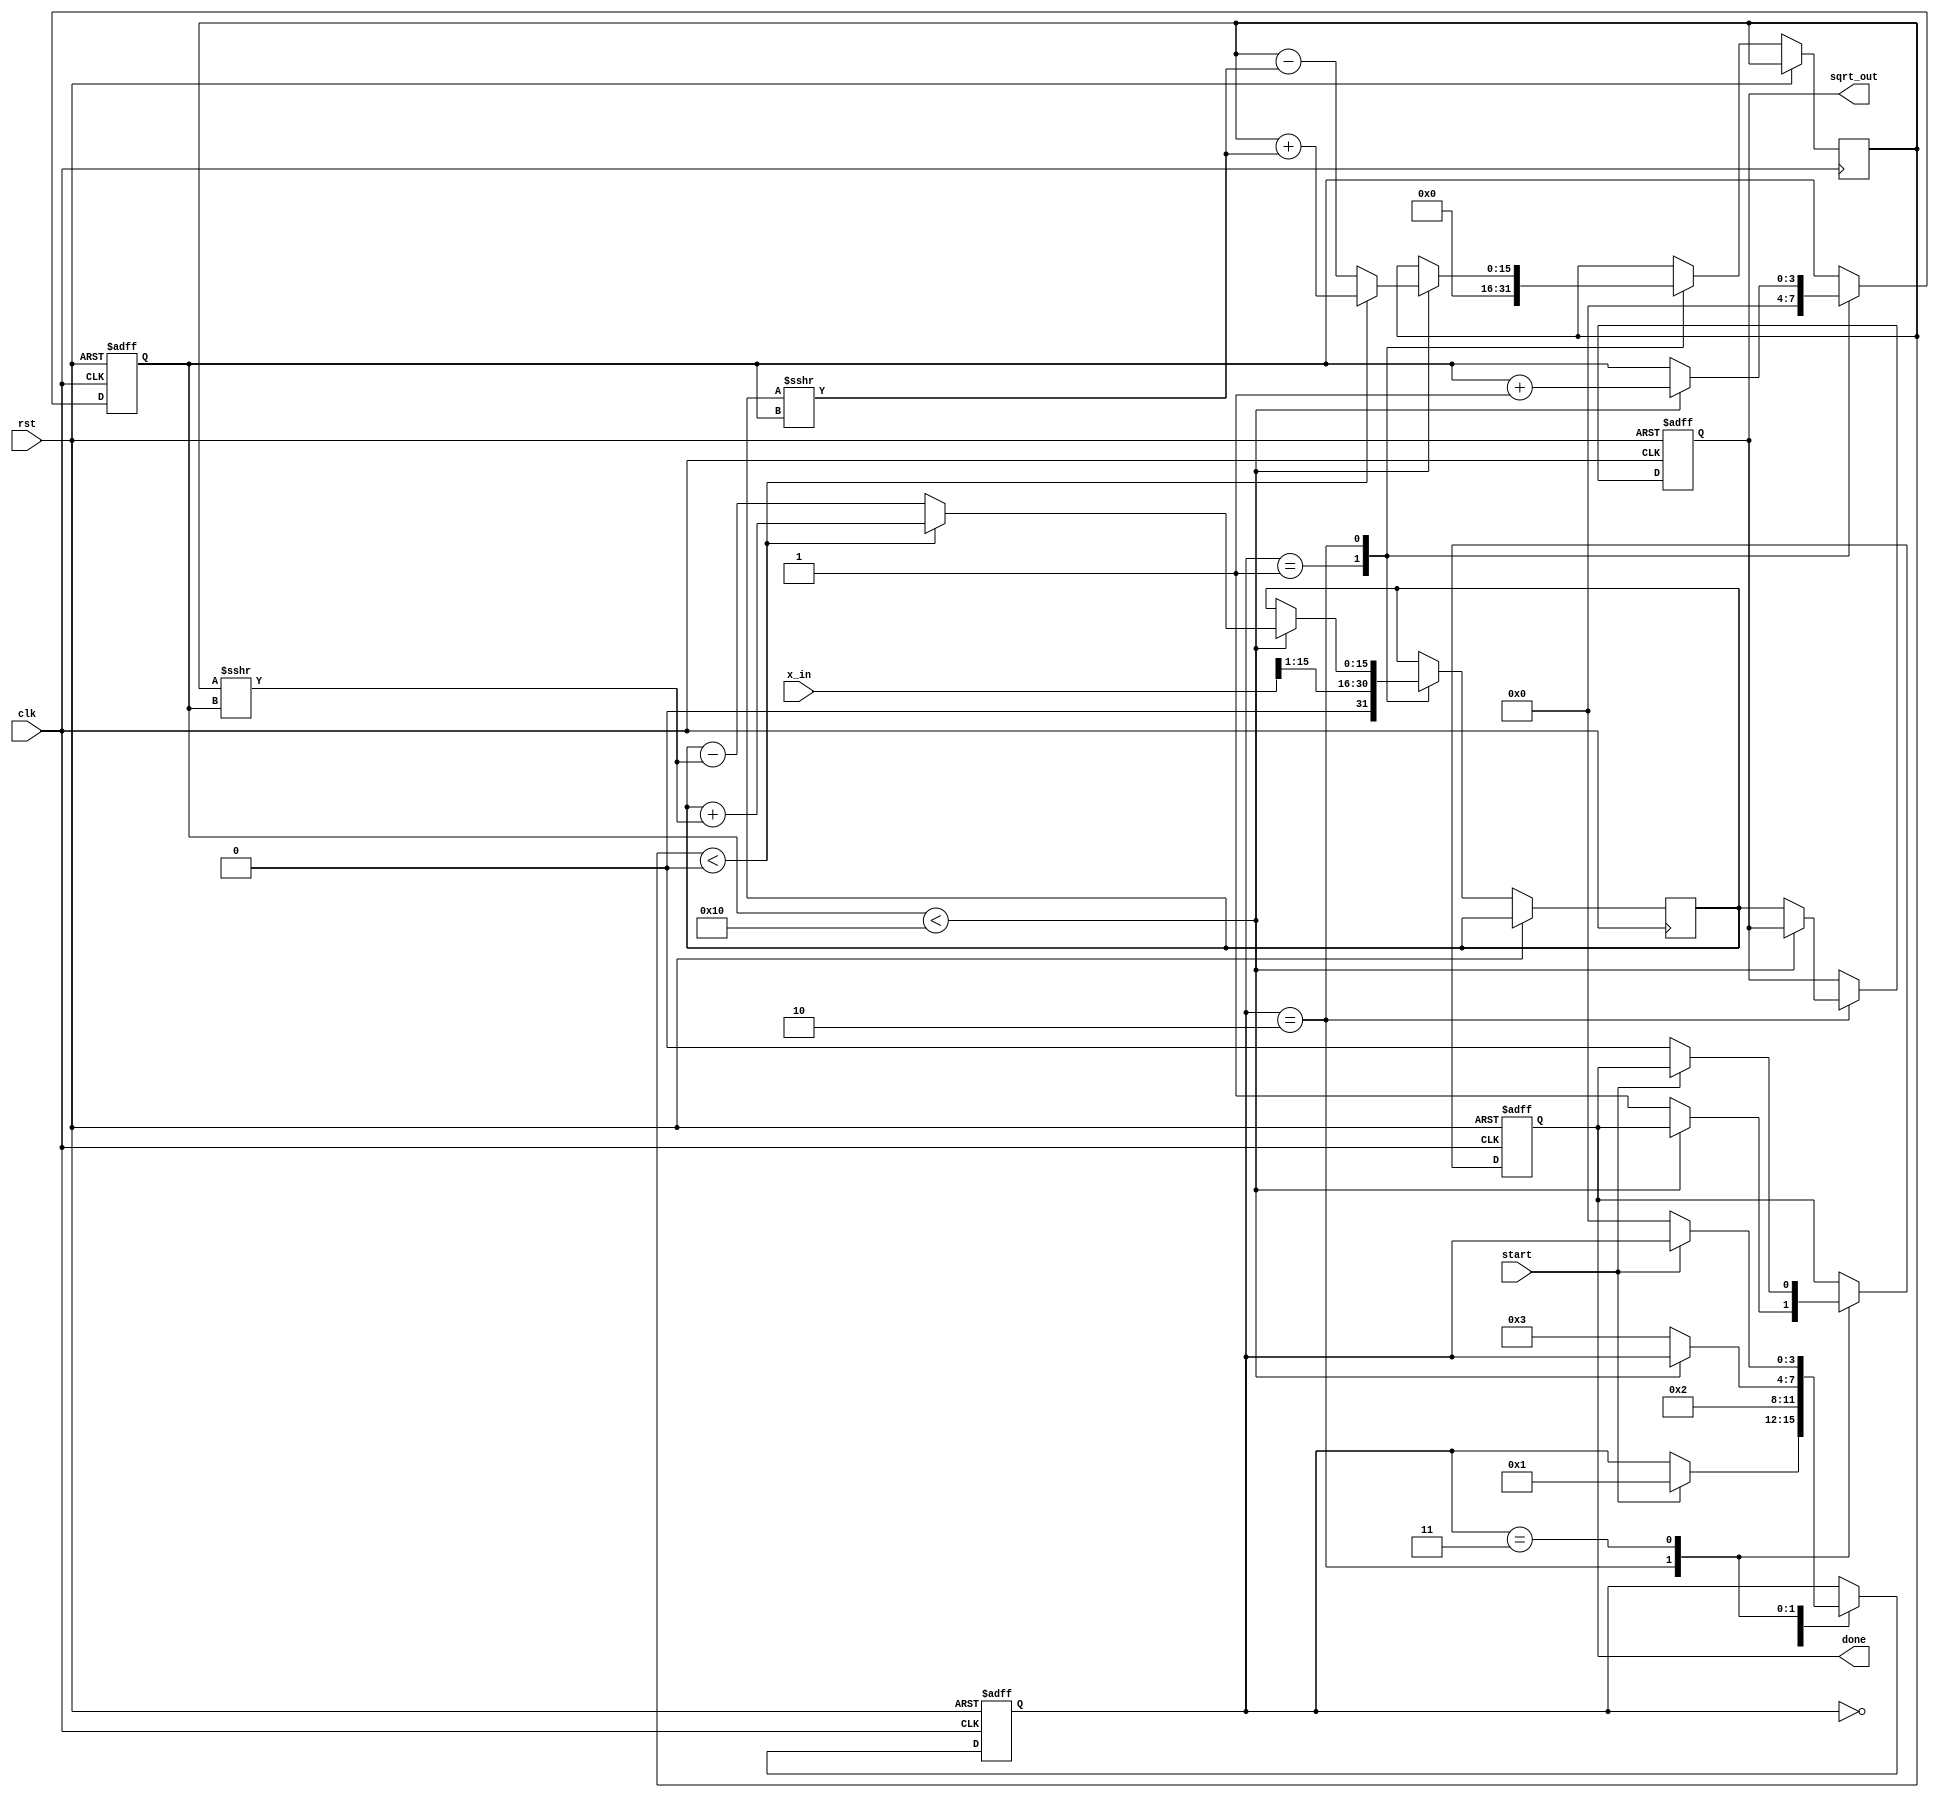
module cordic_sqrt (
    input wire clk,
    input wire rst,
    input wire start,
    input wire [15:0] x_in, // Input value for which square root is calculated
    output reg [15:0] sqrt_out, // Output square root value
    output reg done // Indicates completion of calculation
);

    // CORDIC parameters
    parameter NUM_ITERATIONS = 16; // Number of iterations for CORDIC
    parameter ANGLE_WIDTH = 16; // Width for angle representation
    parameter FIXED_POINT_WIDTH = 16; // Width for fixed-point representation

    // Internal registers
    reg [FIXED_POINT_WIDTH-1:0] x; // x value (initial approximation)
    reg [FIXED_POINT_WIDTH-1:0] y; // y value
    reg [ANGLE_WIDTH-1:0] angle; // Angle for rotation
    reg [3:0] state; // FSM state
    reg [3:0] iteration; // Current iteration count

    // CORDIC angle lookup table (in radians)
    reg [ANGLE_WIDTH-1:0] atan_table [0:NUM_ITERATIONS-1];

    initial begin
        // Initialize the atan_table with precomputed values
        atan_table[0] = 16'h26DD; // atan(1) = 0.785398 (in fixed-point)
        atan_table[1] = 16'h1C71; // atan(0.5) = 0.463648
        atan_table[2] = 16'h135B; // atan(0.25) = 0.244978
        // ... Fill in the rest of the atan_table values
    end

    // FSM states
    localparam IDLE = 0;
    localparam INIT = 1;
    localparam ITERATE = 2;
    localparam DONE = 3;

    // Control logic
    always @(posedge clk or posedge rst) begin
        if (rst) begin
            state <= IDLE;
            sqrt_out <= 0;
            done <= 0;
            iteration <= 0;
        end else begin
            case (state)
                IDLE: begin
                    if (start) begin
                        state <= INIT;
                    end
                end
                INIT: begin
                    // Initial approximation (x = x_in / 2, y = 0)
                    x <= x_in >> 1; // Initial approximation
                    y <= 0;
                    angle <= 0;
                    iteration <= 0;
                    state <= ITERATE;
                end
                ITERATE: begin
                    if (iteration < NUM_ITERATIONS) begin
                        // CORDIC rotation logic
                        if (y < 0) begin
                            // Rotate clockwise
                            x <= x + (y >>> iteration);
                            y <= y + (x >>> iteration);
                            angle <= angle - atan_table[iteration];
                        end else begin
                            // Rotate counter-clockwise
                            x <= x - (y >>> iteration);
                            y <= y - (x >>> iteration);
                            angle <= angle + atan_table[iteration];
                        end
                        iteration <= iteration + 1;
                    end else begin
                        // Finished iterations
                        sqrt_out <= x; // Output the computed square root
                        done <= 1;
                        state <= DONE;
                    end
                end
                DONE: begin
                    if (!start) begin
                        state <= IDLE; // Reset state on new start
                        done <= 0;
                    end
                end
            endcase
        end
    end
endmodule